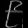
Digit: ၉